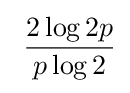
~{\frac {2\log 2p}{p\log 2}}